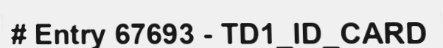
# Entry 67693 - TD1_ID_CARD